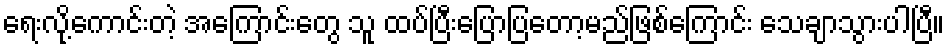
ရေးလို့ကောင်းတဲ့ အကြောင်းတွေ သူ ထပ်ပြီးပြောပြတော့မည်ဖြစ်ကြောင်း သေချာသွားပါပြီ။